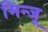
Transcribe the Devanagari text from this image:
मिन्जू